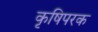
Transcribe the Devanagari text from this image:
कृषिपरक